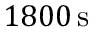
{ 1 8 0 0 } \, \mathrm { s }